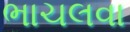
ભાચલવા